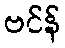
ဗင်န်